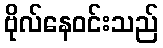
ဗိုလ်နေဝင်းသည်